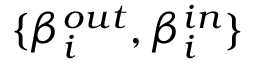
\{ \beta _ { i } ^ { o u t } , \beta _ { i } ^ { i n } \}